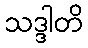
သဒ္ဒါတိ